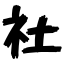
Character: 社